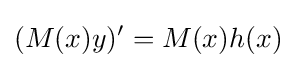
(M(x)y)'=M(x)h(x)